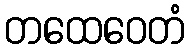
တထေဝေတံ